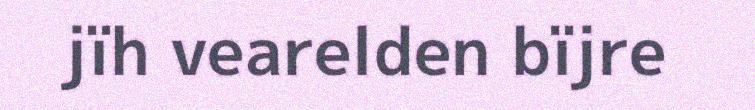
jïh vearelden bïjre